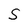
Character: S